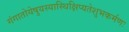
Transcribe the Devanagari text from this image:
गंगातोयेषुयस्यास्थिक्षिप्यतेशुभकर्मणः